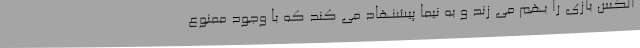
الکس بازی را بهم می زند و به نیما پیشنهاد می کند که با وجود ممنوع